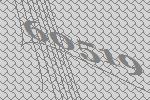
60519